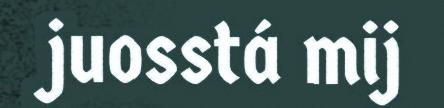
juosstá mij